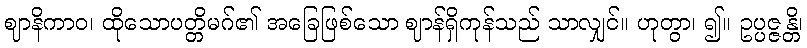
ဈာနိကာဝ၊ ထိုသောပတ္တိမဂ်၏ အခြေဖြစ်သော ဈာန်ရှိကုန်သည် သာလျှင်။ ဟုတွာ၊ ၍။ ဥပ္ပဇ္ဇန္တိ၊